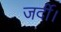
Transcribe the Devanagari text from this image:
जर्दी।